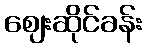
ဈေးဆိုင်ခန်း